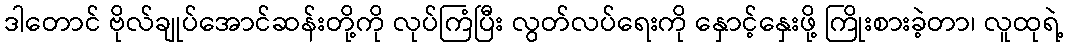
ဒါတောင် ဗိုလ်ချုပ်အောင်ဆန်းတို့ကို လုပ်ကြံပြီး လွတ်လပ်ရေးကို နှောင့်နှေးဖို့ ကြိုးစားခဲ့တာ၊ လူထုရဲ့